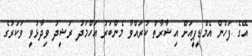
އޭގެ ފަހުން އެމްޑީޕީއަށް އިޝާރާތް ކުރައްވާ މެންބަރު އަހްމަދު ރަޝީދު ވިދާޅުވީ ވަކަރުގެ